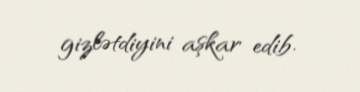
gizlətdiyini aşkar edib.